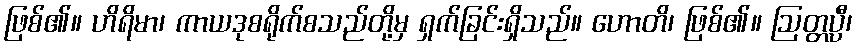
ဖြစ်၏။ ဟိရိမာ၊ ကာယဒုစရိုက်စသည်တို့မှ ရှက်ခြင်းရှိသည်။ ဟောတိ၊ ဖြစ်၏။ ဩတ္တပ္ပီ၊